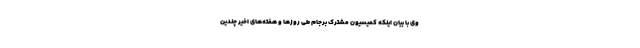
وی با بیان اینکه ‌کمیسیون مشترک برجام طی روزها و هفته‌های اخیر چندین